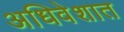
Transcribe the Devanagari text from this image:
अधिवेशात